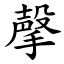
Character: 撀